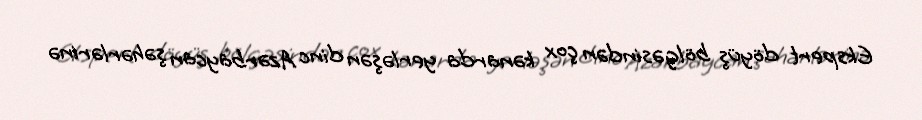
Ekspert döyüş bölgəsindən çox kənarda yerləşən dinc Azərbaycan şəhərlərinə